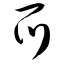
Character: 爪